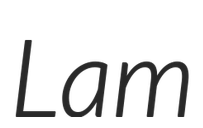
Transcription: Lam